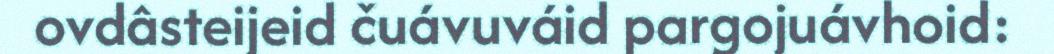
ovdâsteijeid čuávuváid pargojuávhoid: